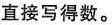
1 直接写得数。